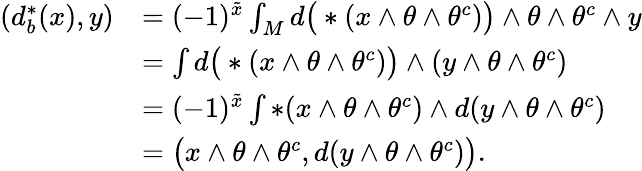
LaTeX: \begin{array}{rl}{(d_{b}^{*}(x),y)}&{=(-1)^{\tilde{x}}\int_{M}d\big(*(x\wedge\theta\wedge\theta^{c})\big)\wedge\theta\wedge\theta^{c}\wedge y}\\ &{=\int d\big(*(x\wedge\theta\wedge\theta^{c})\big)\wedge(y\wedge\theta\wedge\theta^{c})}\\ &{=(-1)^{\tilde{x}}\int*(x\wedge\theta\wedge\theta^{c})\wedge d(y\wedge\theta\wedge\theta^{c})}\\ &{=\big(x\wedge\theta\wedge\theta^{c},d(y\wedge\theta\wedge\theta^{c})\big).}\end{array}